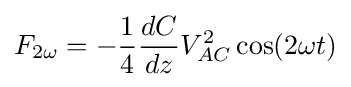
F_{2\omega }=-{\frac {1}{4}}{\frac {dC}{dz}}V_{AC}^{2}\cos(2\omega t)